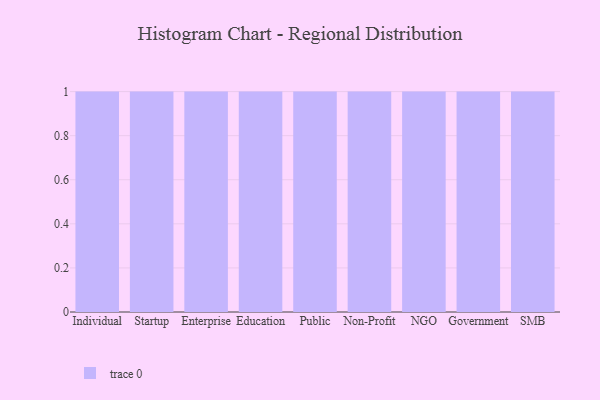
{"axis": {"x": "Segment", "y": "Production Output"}, "legend": [""], "data": [{"x": "Individual", "y": 53, "type": ""}, {"x": "Startup", "y": 14, "type": ""}, {"x": "Enterprise", "y": 94, "type": ""}, {"x": "Education", "y": 22, "type": ""}, {"x": "Public", "y": 72, "type": ""}, {"x": "Non-Profit", "y": 76, "type": ""}, {"x": "NGO", "y": 32, "type": ""}, {"x": "Government", "y": 62, "type": ""}, {"x": "SMB", "y": 41, "type": ""}]}